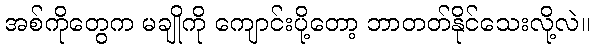
အစ်ကိုတွေက မချိုကို ကျောင်းပို့တော့ ဘာတတ်နိုင်သေးလို့လဲ။